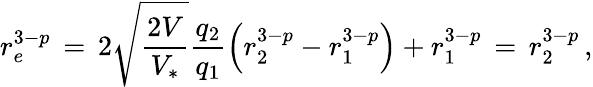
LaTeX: r_{e}^{3-p}\, =\, 2\sqrt{\frac{2V}{V_{*}}}\frac{q_{2}}{q_{1}}\left(r_{2}^{3-p}-r_{1}^{3-p}\right)+r_{1}^{3-p}\, =\, r_{2}^{3-p}\, ,